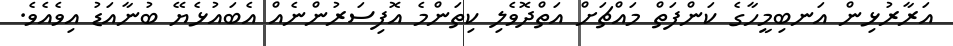
އަރާރުޅިން އަނބިމީހާގެ ކަންފަތް މައްޗަށް އަތްދޮވެލި ކިތަންމެ އޮފިސަރުންނެއް އެބައުޅެޔޭ ބުނާއަޑު އިވެއެވެ.